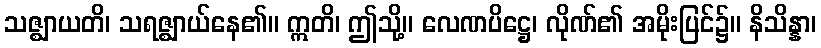
သဇ္ဈာယတိ၊ သရဇ္ဈာယ်နေ၏။ ဣတိ၊ ဤသို့။ လေဏပိဋ္ဌေ၊ လိုဏ်၏ အမိုးပြင်၌။ နိသိန္နာ၊